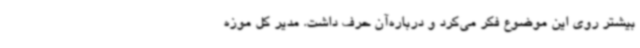
بیشتر روی این موضوع فکر می‌کرد و درباره‌آن حرف داشت. مدیر کل موزه